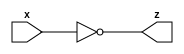
module not_gate_32 (x, z);
  input [31:0] x;
  output [31:0] z;
  
  assign z = ~x ;
  
  
endmodule